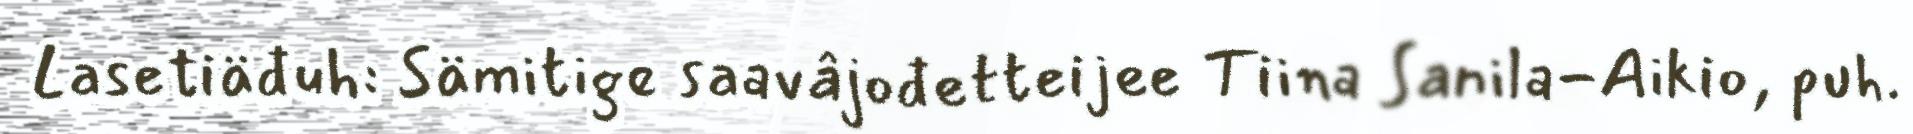
Lasetiäđuh: Sämitige saavâjođetteijee Tiina Sanila-Aikio, puh.